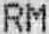
RM